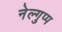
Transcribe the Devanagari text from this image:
नेल्गुप्प